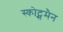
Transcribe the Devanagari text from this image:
स्कोट्समैन